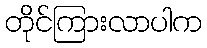
တိုင်ကြားလာပါက